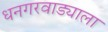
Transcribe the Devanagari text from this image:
धनगरवाड्याला